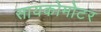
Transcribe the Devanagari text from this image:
सायकोमोटर